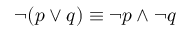
\neg ( p \vee q ) \equiv \neg p \wedge \neg q